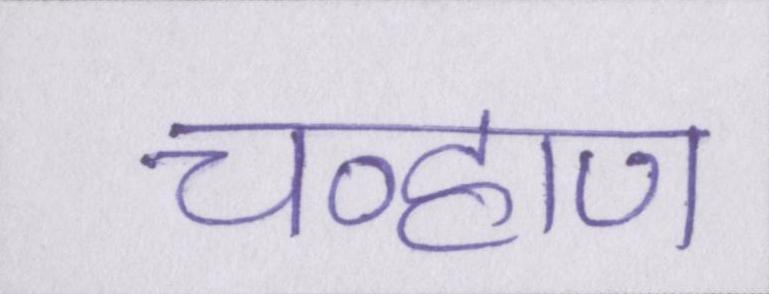
चव्हाण